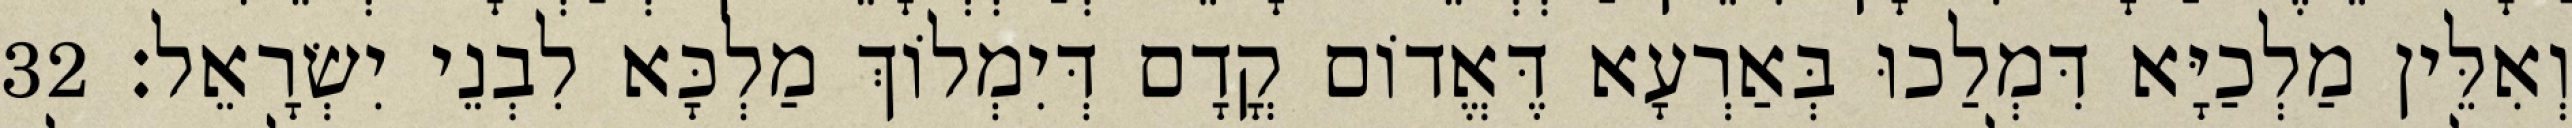
וְאִלֵּין מַלְכַיָּא דִּמְלַכוּ בְּאַרְעָא דֶּאֱדוֹם קֳדָם דְּיִמְלוֹךְ מַלְכָּא לִבְנֵי יִשְׂרָאֵל׃ 32